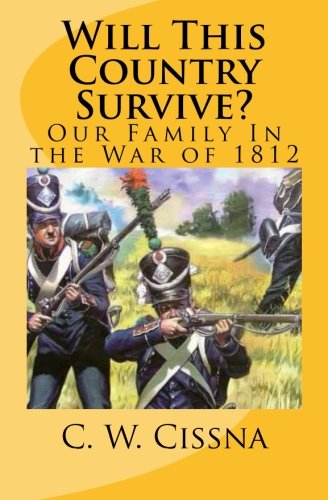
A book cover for Will This Country Survive?: Our Family In War of 1812; C. W. Cissna; History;